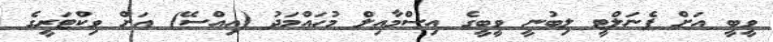
ވީބީ އަށް ޕެނަލްޓީ ލިބުނީ ވީބީގެ އިސްމާއިލް މުހައްމަދު (އިއްސޭ) އަށް ވިކްޓަރީގެ